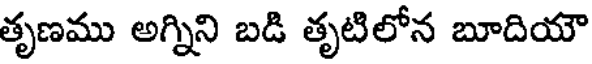
తృణము అగ్నిని బడి తృటిలోన బూదియౌ